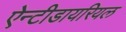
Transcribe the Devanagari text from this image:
ऐन्टीडायरियल